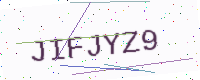
Text: JIFJYZ9